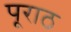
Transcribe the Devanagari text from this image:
पूराठ